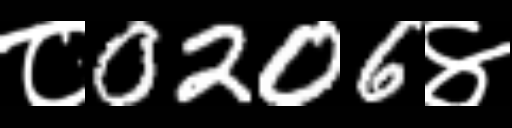
Text: ८0206४